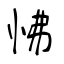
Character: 怫